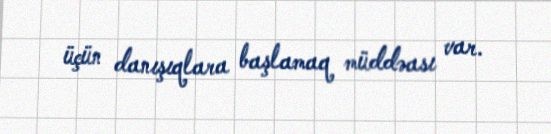
üçün danışıqlara başlamaq müddəası var.